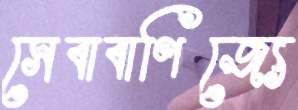
সেবাবাণিজ্যে